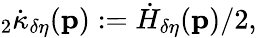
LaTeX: {}_{2}\dot{\kappa}_{\delta\eta}(\mathbf{p}):=\dot{H}_{\delta\eta}(\mathbf{p})/2,